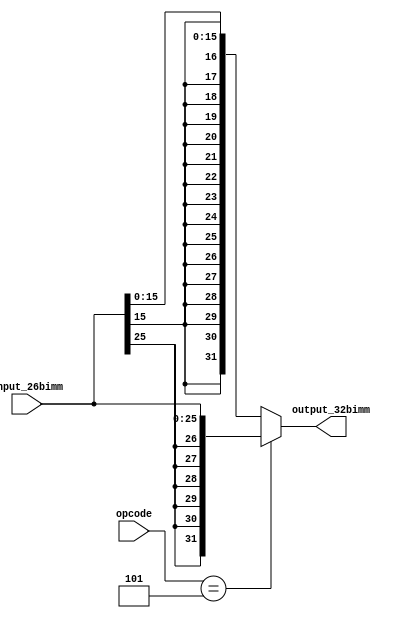
`timescale 1ns / 1ps
//////////////////////////////////////////////////////////////////////////////////
// Company: 
// Engineer: 
// 
// Design Name: 
// Module Name:    Extender 
// Project Name: 
// Target Devices: 
// Tool versions: 
// Description: 
//
// Dependencies: 
//
// Revision: 
// Revision 0.01 - File Created
// Additional Comments: 
//
//////////////////////////////////////////////////////////////////////////////////
module Extender(
    input [5:0] opcode,
    input [25:0] input_26bimm,
    output [31:0] output_32bimm
    );
	 
	parameter[5:0] JMP = 6'b000101;
	
	assign output_32bimm[31:0] = (opcode==JMP)? { {6{input_26bimm[25]}}, input_26bimm[25:0]}
										: { {16{input_26bimm[15]}}, input_26bimm[15:0]};
	
endmodule